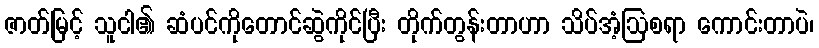
ဇာတ်မြင့် သူငါ၏ ဆံပင်ကိုတောင်ဆွဲကိုင်ပြီး တိုက်တွန်းတာဟာ သိပ်အံ့ဩစရာ ကောင်းတာပဲ၊